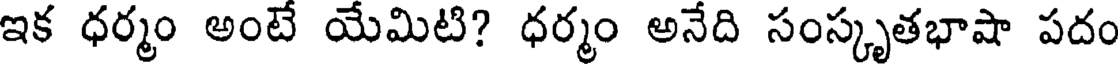
ఇక ధర్మం అంటే యేమిటి? ధర్మం అనేది సంస్కృతభాషా పదం